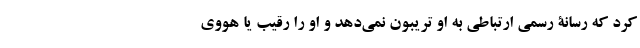
کرد که رسانۀ رسمی ارتباطی به او تریبون نمی‌دهد و او را رقیب یا هووی